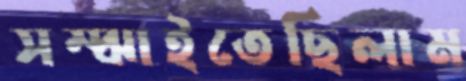
সম্‌ঝাইতেছিলাম